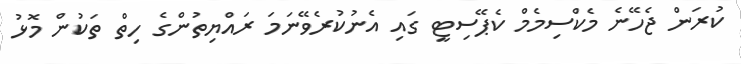
ކުރަން ޖެހޭނެ މެކްސިމެމް ކެޕޭސިޓީ ގައި އެނުކުރެވޭނަމަ ރައްޔިތުންގެ ހިތް ތަކުން މޮޅު